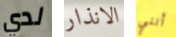
لدي الانذار أنني